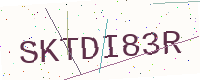
Text: SKTDI83R